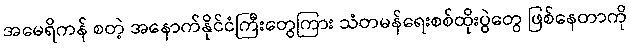
အမေရိကန် စတဲ့ အနောက်နိုင်ငံကြီးတွေကြား သံတမန်ရေးစစ်ထိုးပွဲတွေ ဖြစ်နေတာကို